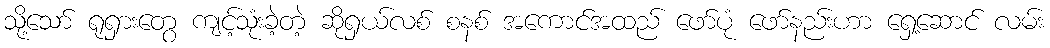
သို့သော် ရုရှားတွေ ကျင့်သုံးခဲ့တဲ့ ဆိုရှယ်လစ် စနစ် အကောင်အထည် ဖော်ပုံ ဖော်နည်းဟာ ရှေ့ဆောင် လမ်း